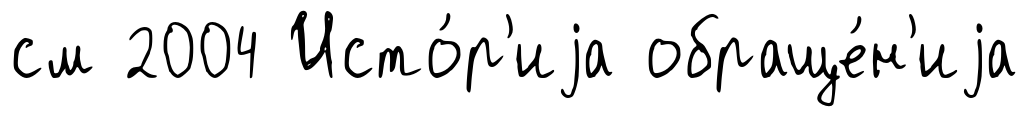
см 2004 Исто́р'иjа обраще́н'иjа